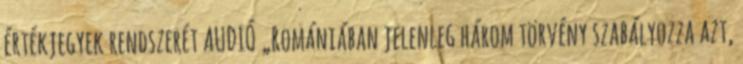
értékjegyek rendszerét AUDIÓ „Romániában jelenleg három törvény szabályozza azt,